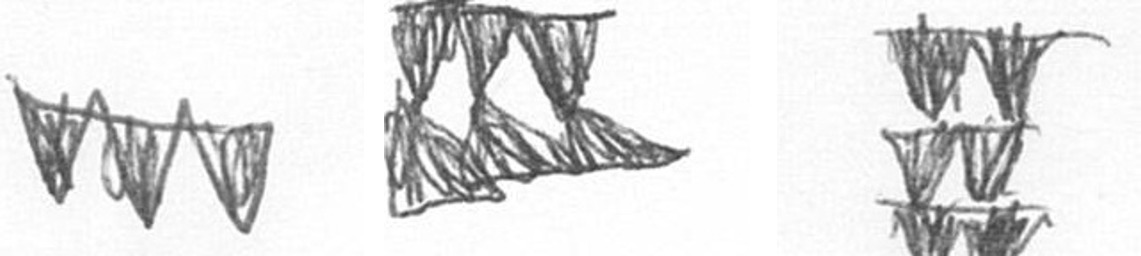
L D Y